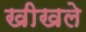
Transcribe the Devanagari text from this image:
खीखले